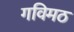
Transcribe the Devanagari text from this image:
गविमठ